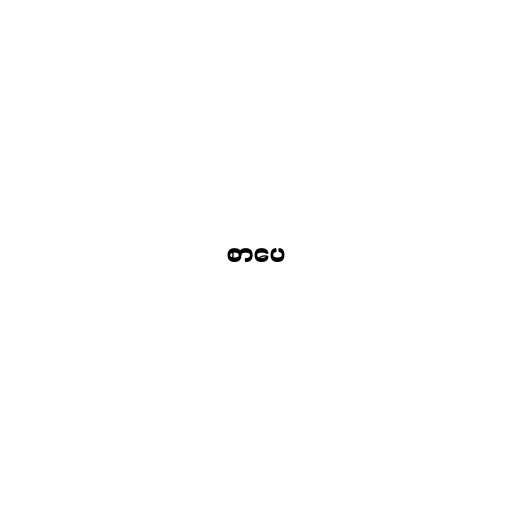
စာပေ